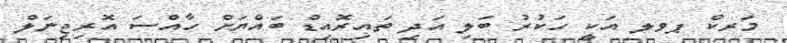
މަރކް ޕވލ އަކީ ހަކުރު ބަލި އަދި ތައިރޮއިޑް ބައްޔަށް ހާއްސަ އޮރިޖިނަލް